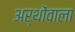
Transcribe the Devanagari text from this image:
अर्थोंवाला